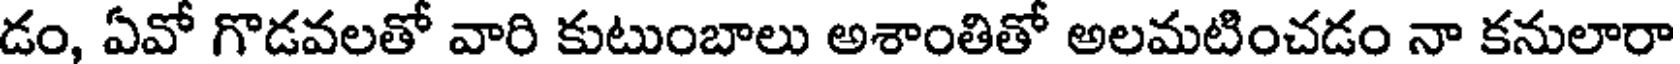
డం, ఏవో గొడవలతో వారి కుటుంబాలు అశాంతితో అలమటించడం నా కనులారా